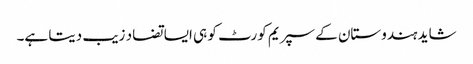
شاید ہندوستان کے سپریم کورٹ کو ہی ایسا تضاد زیب دیتا ہے۔